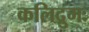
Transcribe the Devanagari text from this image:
कलिद्रुमः